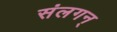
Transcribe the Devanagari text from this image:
संलगन्